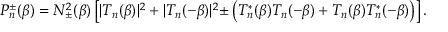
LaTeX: { \cal P } _ { n } ^ { \pm } ( \beta ) = N _ { \pm } ^ { 2 } ( \beta ) \left[ | T _ { n } ( \beta ) | ^ { 2 } + | T _ { n } ( - \beta ) | ^ { 2 } { \pm } \left( T _ { n } ^ { * } ( \beta ) T _ { n } ( - \beta ) + T _ { n } ( \beta ) T _ { n } ^ { * } ( - \beta ) \right) \right] .